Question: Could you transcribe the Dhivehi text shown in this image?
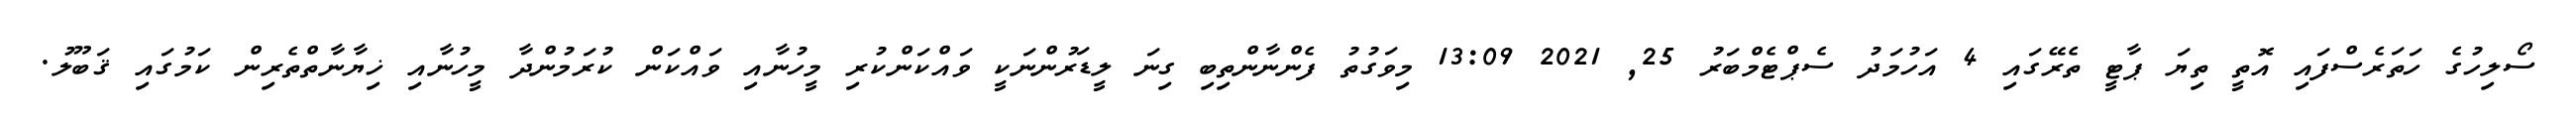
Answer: ސޯލިހުގެ ހަތަރެސްފައި އޮތީ ތިޔަ ޕާޓީ ތެރޭގައި 4 އަހުމަދު ސެޕްޓެމްބަރު 25, 2021 13:09 މިވަގުތު ފެންނާންތިބި ގިނަ ލީޑަރުންނަކީ ވައްކަންކުރި މީހުނާއި ވައްކަން ކުރަމުންދާ މީހުނާއި ޚިޔާނާތްތެރިން ކަމުގައި ޤަބޫލު.